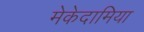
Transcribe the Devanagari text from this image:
मेकेदामिया